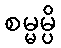
စမ္မမ္ပိ